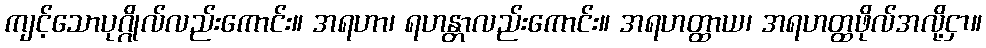
ကျင့်သောပုဂ္ဂိုလ်လည်းကောင်း။ အရဟာ၊ ရဟန္တာလည်းကောင်း။ အရဟတ္ထာယ၊ အရဟတ္ထဖိုလ်အလို့ငှာ။